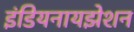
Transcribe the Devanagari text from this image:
इंडियनायझेशन